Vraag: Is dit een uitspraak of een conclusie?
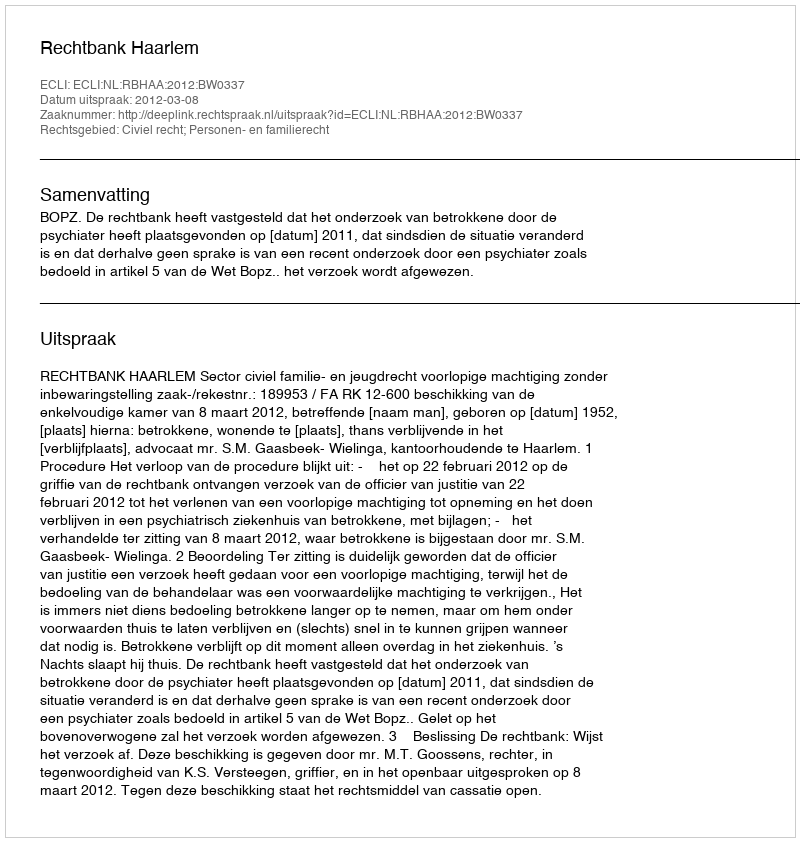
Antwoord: Uitspraak